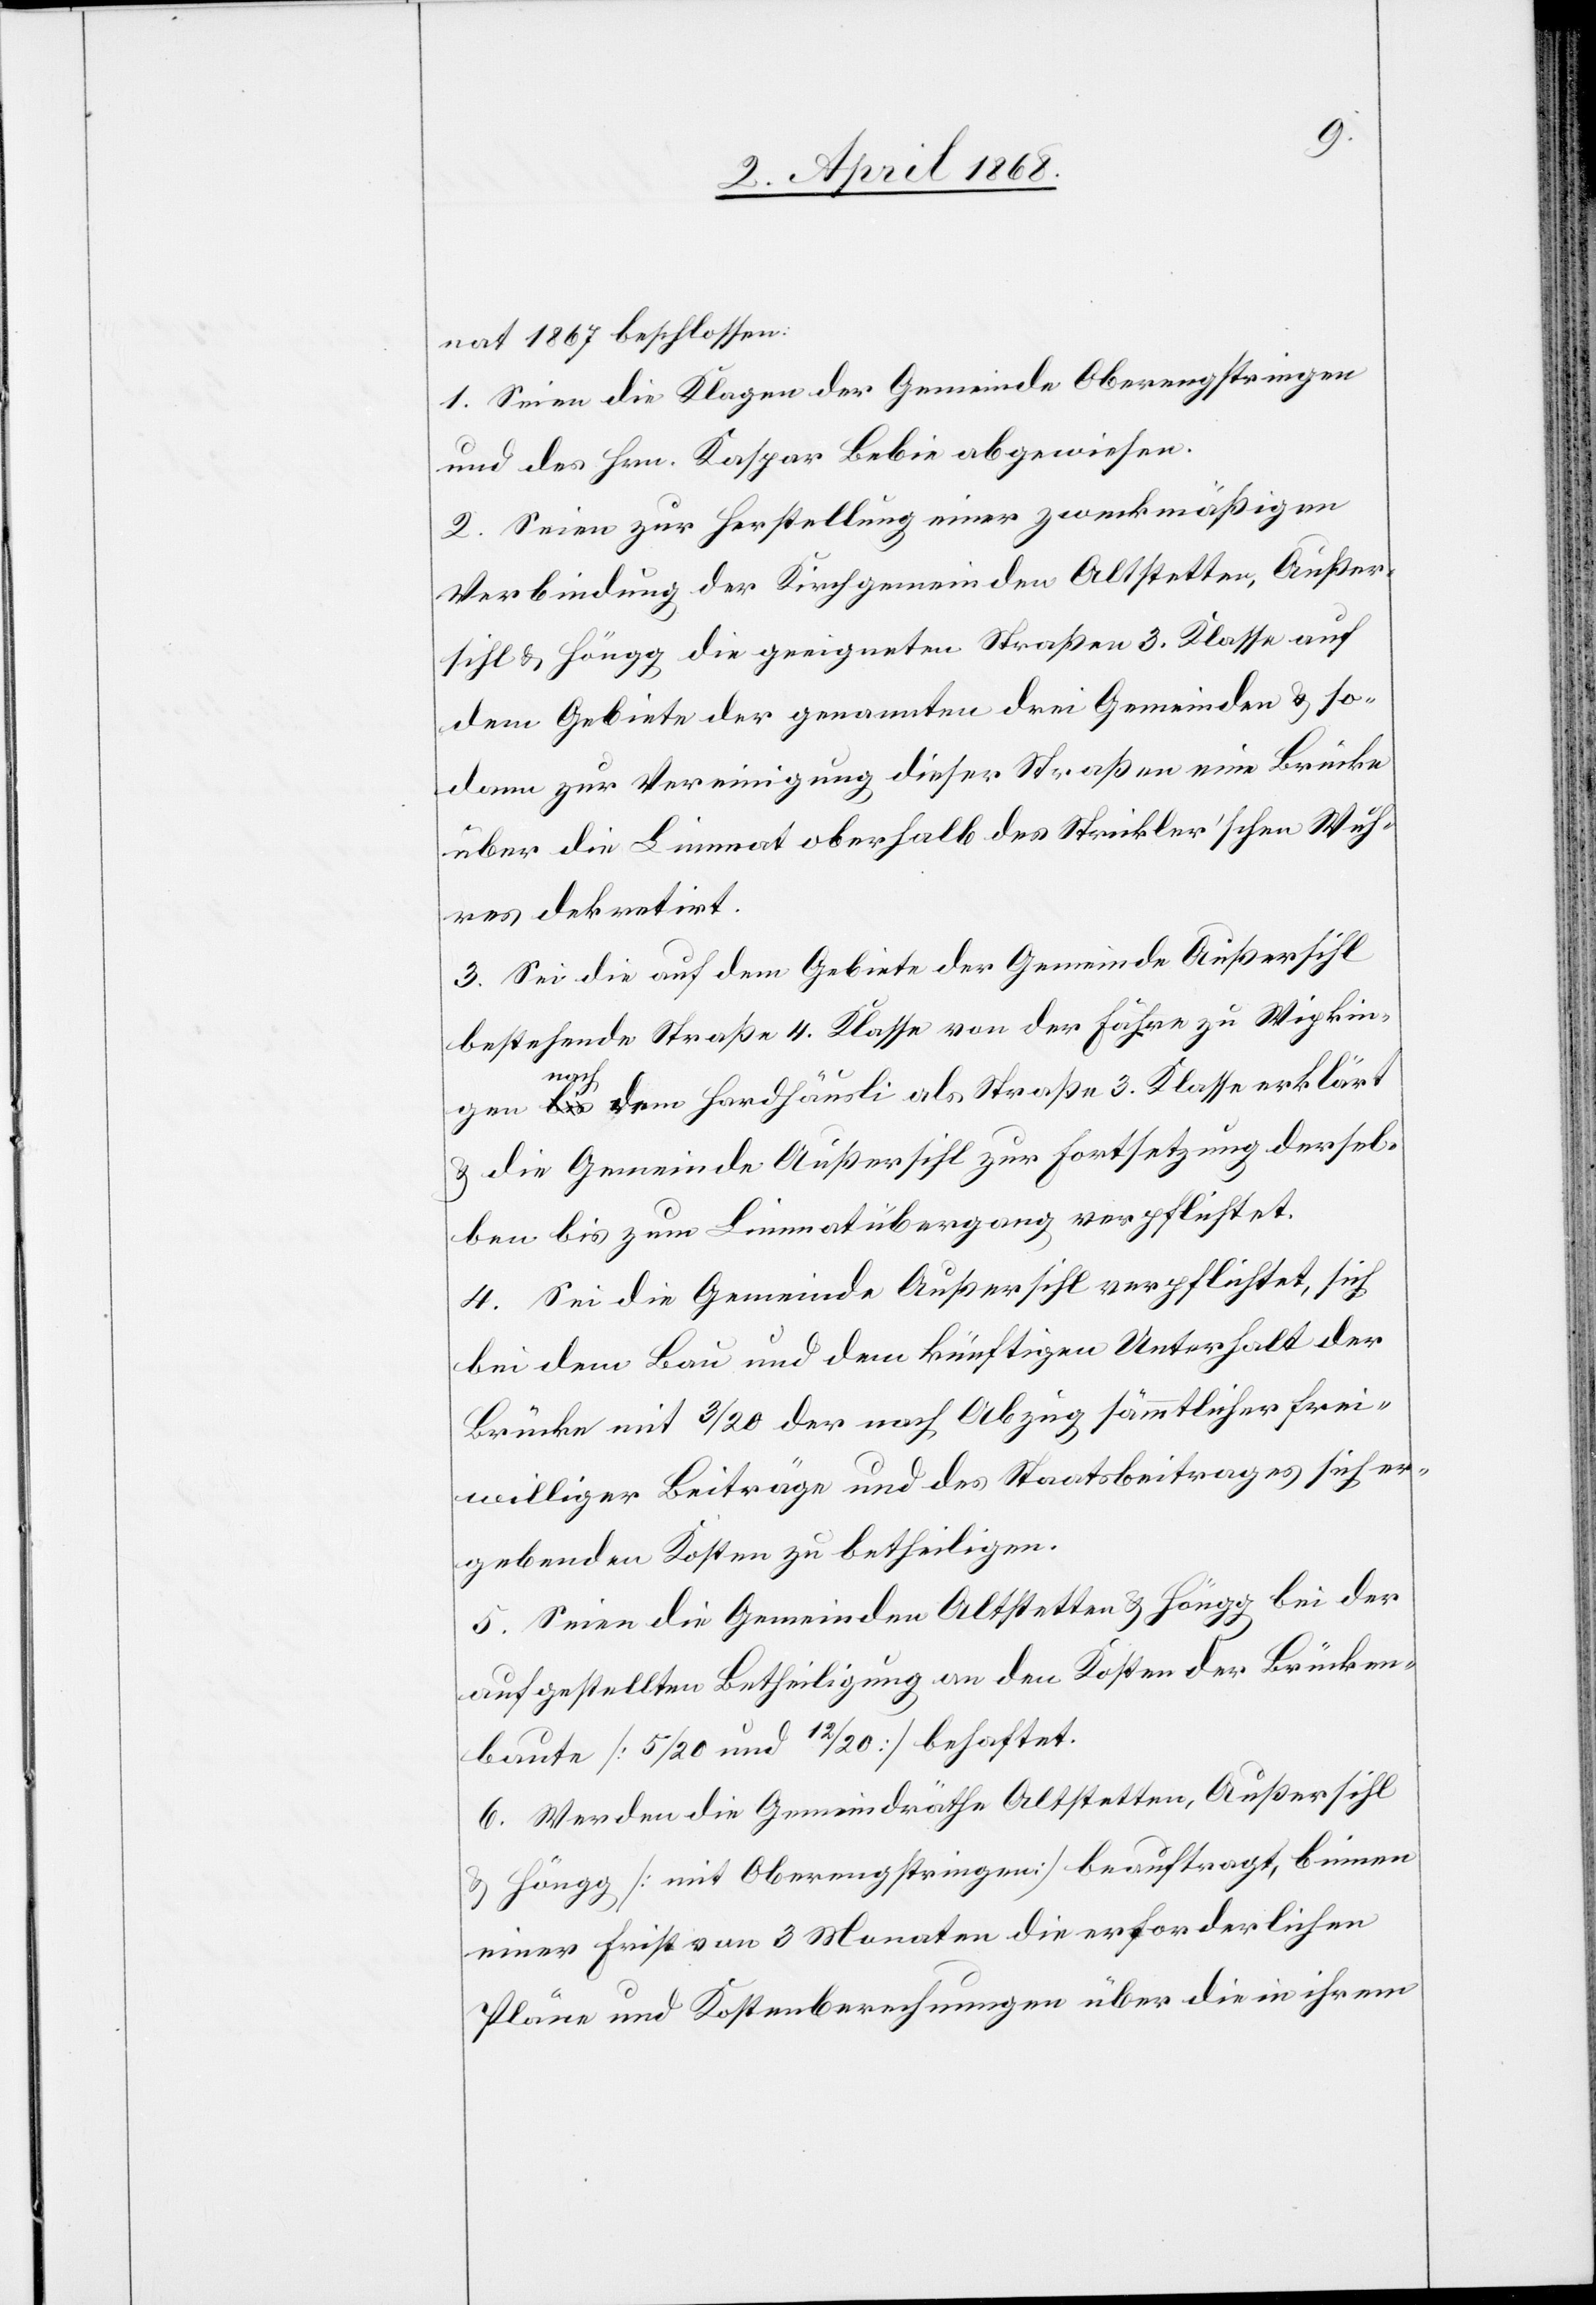
nat 1867 beschlossen:
1. Seien die Klagen der Gemeinde Oberengstringen
und des Hrn. Kaspar Bebie abgewiesen.
2. Seien zur Herstellung einer zweckmäßigen
Verbindung der Kirchgemeinden Altstetten, Außer¬
sihl & Höngg die geeigneten Straßen 3. Klasse auf
dem Gebiete der genannten drei Gemeinden & so¬
dann zur Vereinigung dieser Straßen eine Brücke
über die Limmat oberhalb des Strickler’schen Wuh¬
res dekretirt.
3. Sei die auf dem Gebiete der Gemeinde Außersihl
bestehende Straße 4. Klasse von der Fähre zu Wipkin¬
gen nach dem Hardhäusli als Straße 3. Klasse erklärt
& die Gemeinde Außersihl zur Fortsetzung dersel¬
ben bis zum Limmatübergang verpflichtet.
4. Sei die Gemeinde Außersihl verpflichtet, sich
bei dem Bau und dem künftigen Unterhalt der
Brücke mit 3/20 der nach Abzug sämmtlicher frei¬
williger Beiträge und des Staatsbeitrages sich er¬
gebenden Kosten zu betheiligen.
5. Seien die Gemeinden Altstetten & Höngg bei der
aufgestellten Betheiligung an den Kosten der Brücken¬
baute [5/20 und 12/20] behaftet.
6. Werden die Gemeindräthe Altstetten, Außersihl
& Höngg [mit Oberengstringen] beauftragt, binnen
einer Frist von 3 Monaten die erforderlichen
Pläne und Kostenberechnungen über die in ihrem